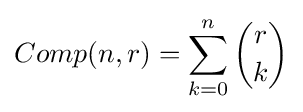
Comp(n,r)=\sum _{k=0}^{n}{r \choose k}